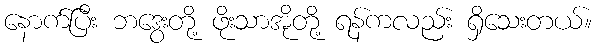
နောက်ပြီး ဘဒွေးတို့ ဖိုးသာအိုတို့ ရန်ကလည်း ရှိသေးတယ်။